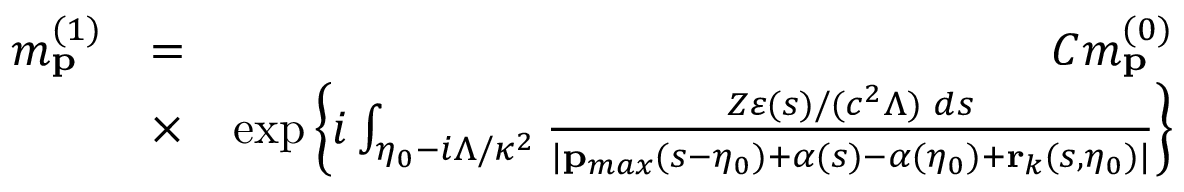
\begin{array} { r l r } { m _ { \mathbf { p } } ^ { ( 1 ) } } & { = } & { { \cal C } m _ { \mathbf { p } } ^ { ( 0 ) } } \\ & { \times } & { \exp \left\{ i \int _ { \eta _ { 0 } - i \Lambda / \kappa ^ { 2 } } \frac { Z \varepsilon ( s ) / ( c ^ { 2 } \Lambda ) \, \, d s } { | \mathbf { p } _ { m a x } ( s - \eta _ { 0 } ) + { \boldsymbol \alpha } ( s ) - { \boldsymbol \alpha } ( \eta _ { 0 } ) + \mathbf { r } _ { k } ( s , \eta _ { 0 } ) | } \right\} } \end{array}